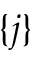
\{ j \}